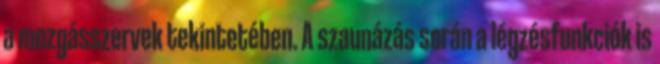
a mozgásszervek tekintetében. A szaunázás során a légzésfunkciók is